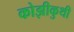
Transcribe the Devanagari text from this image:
कोझीकुथी